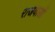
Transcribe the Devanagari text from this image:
राजवाडों